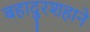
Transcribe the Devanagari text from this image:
बहादुरशहाने